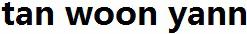
TAN WOON YANN